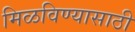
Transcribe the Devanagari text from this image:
मिळविण्‍यासाठी